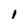
Character: 1